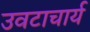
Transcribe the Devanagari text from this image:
उवटाचार्य